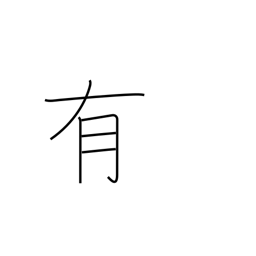
Meaning: occur